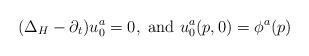
LaTeX: \begin{align*}(\Delta_H -\partial_t) u^a_0 =0, \mbox{ and } u^a_0 (p, 0)= \phi^a ( p ) \end{align*}